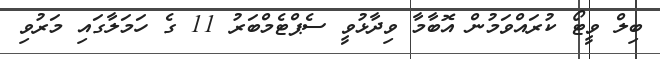
ބިލް ވީޓޯ ކުރައްވަމުން އޮބާމާ ވިދާޅުވީ ސެޕްޓެމްބަރު 11 ގެ ހަމަލާގައި މަރުވި